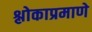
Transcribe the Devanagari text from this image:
श्लोकाप्रमाणे